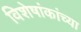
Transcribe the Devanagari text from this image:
विशेषांकांच्या